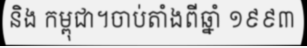
និង កម្ពុជា។ចាប់តាំងពីឆ្នាំ ១៩៩៣